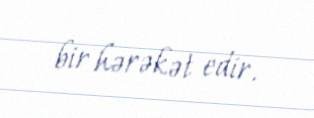
bir hərəkət edir.